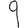
Digit: 9